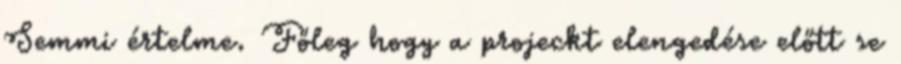
Semmi értelme. Főleg hogy a projeckt elengedése előtt se